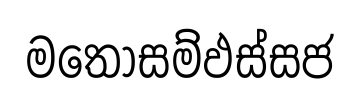
මතොසම්ඵස්සජ